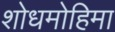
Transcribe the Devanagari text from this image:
शोधमोहिमा